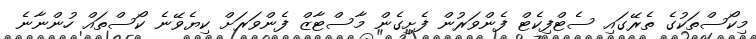
މިކޯސްތަކުގެ ތެރޭގައި ސެޓްފިކެޓް ފެންވަރުން ފެށިގެން މާސްޓާޒް ފެންވަރަށް ކިޔެވޭނެ ކޯސްތައް ހުންނާނެ